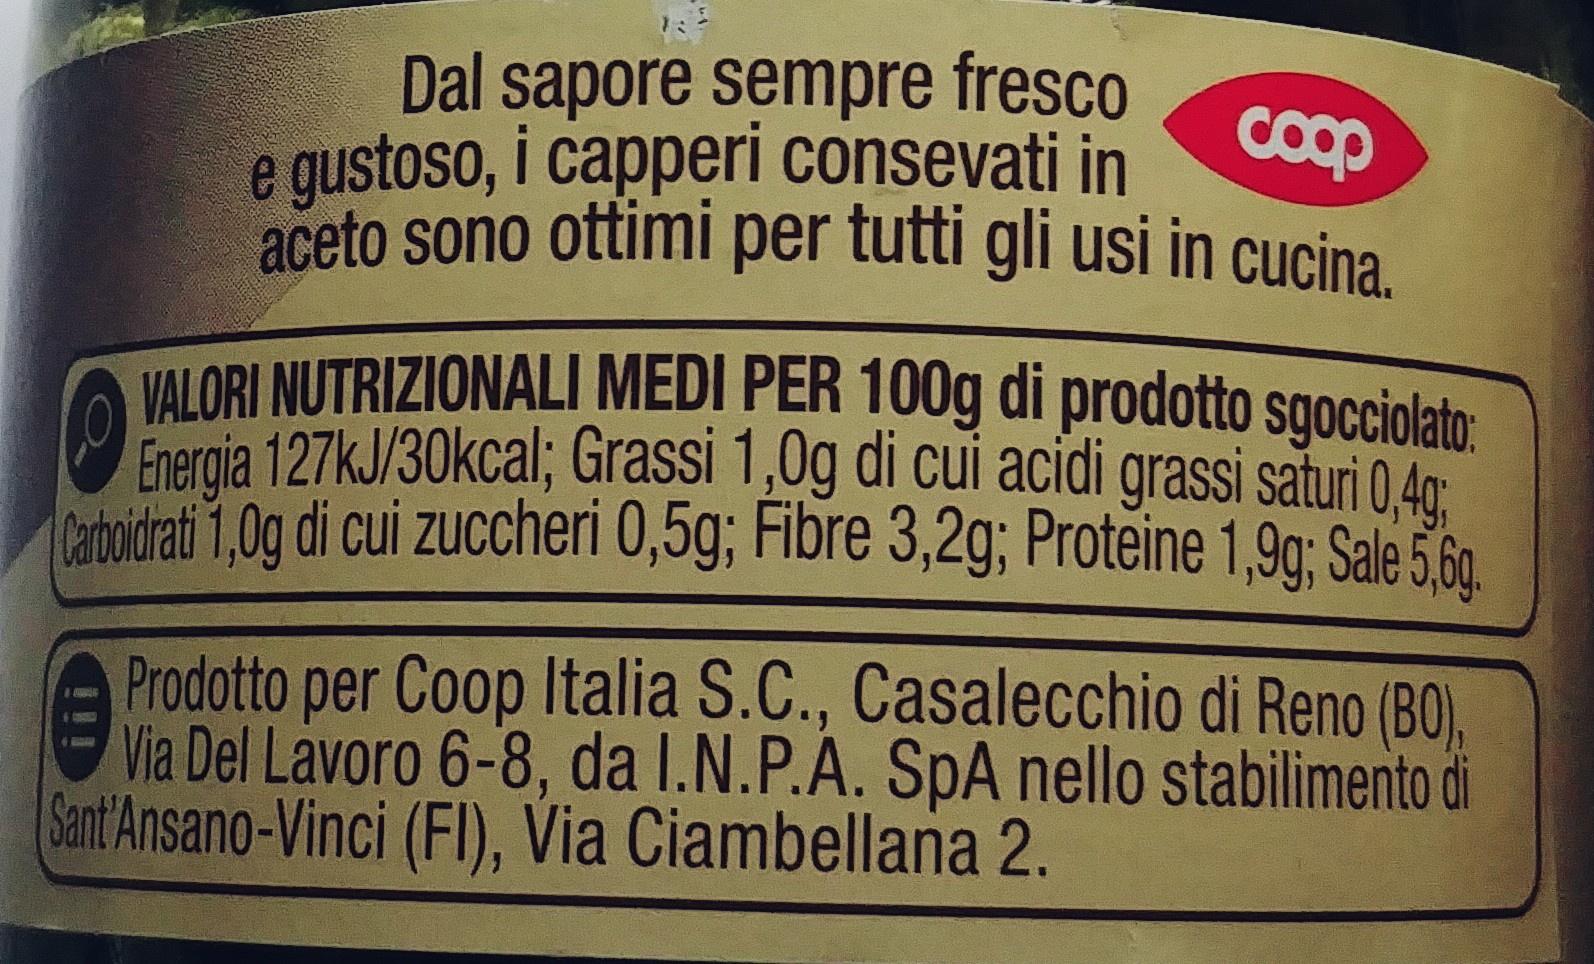
Dal sapore sempre fresco e gustoso, i capperi consevati in aceto sono ottimi per tutti gli usi in cucina coop VALORI NUTRIZIONALI MEDI PER 100g di prodotto sgocciolato Energia 127KJ/30kcal; Grassi 1,0g di cui acidi grassi saturi 0,40 Catoldrat 1,0g di cui zuccheri 0,5g; Fibre 3,2g; Proteine 1,9g; Sale 5.60 Prodotto per Coop Italia S.C., Casalecchio di Reno (BO), Via Del Lavoro 6-8, da I.N.P.A. SpA nello stabilimento di Sant Ansano-Vinci (FI), Via Ciambellana 2.